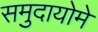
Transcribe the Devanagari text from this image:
समुदायोमे